Burma Government Medical School reports 1907-22
Year: 1907
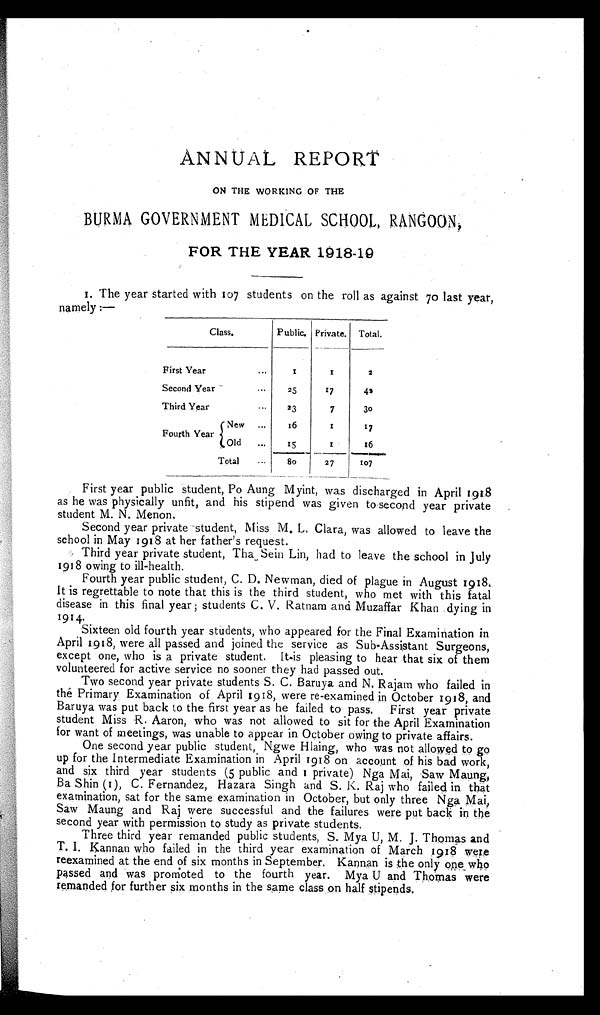
ANNUAL REPORT
ON THE WORKING OF THE
BURMA GOVERNMENT MEDICAL SCHOOL RANGOON,
FOR THE YEAR 1918-19
1. The year started with 107 students on the roll as against 70 last year,
namely :—
Class.
Public. Private. Total.
First Year ...
1
1
2
Second Year
...
25
17
42
Third Year
...
23
7
30
Fourth Year
New . . .
16
1
17
Old ...
15
1
16
Total ...
80
27
107
First year public student, Po Aung Myint, was discharged in April 1918
as he was physically unfit, and his stipend was given to second year private
student M. N. Menon.
Second year private student, Miss M. L. Clara, was allowed to leave the
school in May 1918 at her father's request.
Third year private student, Tha Sein Lin, had to leave the school in July
1918 owing to ill-health.
Fourth year public student, C. D. Newman, died of plague in August 1918.
It is regrettable to note that this is the third student, who met with this fatal
disease in this final year ; students C. V. Ratnam and Muzaffar Khan dying in
1914.
Sixteen old fourth year students, who appeared for the Final Examination in
April 1918, were all passed and joined the service as Sub-Assistant Surgeons,
except one, who is a private student. It-is pleasing to hear that six of them
volunteered for active service no sooner they had passed out.
Two second year private students S. C. Baruya and N. Rajam who failed in
the Primary Examination of April 1918, were re-examined in October 1918, and
Baruya was put back to the first year as he failed to pass. First year private
student Miss R. Aaron, who was not allowed to sit for the April Examination
for want of meetings, was unable to appear in October owing to private affairs.
One second year public student, Ngwe Hlaing, who was not allowed to go
up for the Intermediate Examination in April 1918 on account of his bad work,
and six third year students (5 public and 1 private) Nga Mai, Saw Maung
Ba Shin (1), C. Fernandez, Hazara Singh and S. K. Raj who failed in that
examination, sat for the same examination in October, but only three Nga Mai,
Saw Maung and Raj were successful and the failures were put back in the
second year with permission to study as private students.
Three third year remanded public students, S. Mya U, M. J. Thomas and
T. I. Kannan who failed in the third year examination of March 1918 were
reexamined at the end of six months in September. Kannan is the only one who
passed and was promoted to the fourth year. Mya U and Thomas were
remanded for further six months in the same class on half stipends.